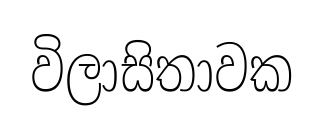
විලාසිතාවක